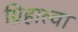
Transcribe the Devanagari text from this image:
ग्रिहाल्वा